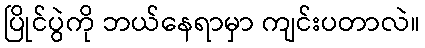
ပြိုင်ပွဲကို ဘယ်နေရာမှာ ကျင်းပတာလဲ။